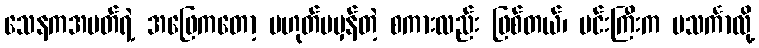
သေနကအမတ်ရဲ့ အဖြေကတော့ မဟုတ်မမှန်တဲ့ စကားလည်း ဖြစ်တယ်၊ မင်းကြီးက မသင်္ကာလို့